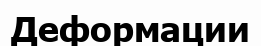
Деформации